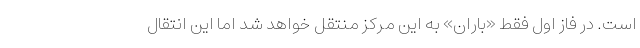
است. در فاز اول فقط «باران» به این مرکز منتقل خواهد شد اما این انتقال